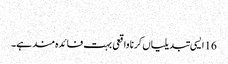
‏
16 ایسی تبدیلیاں کرنا واقعی بہت فائدہ‌مند ہے۔